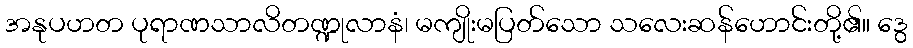
အနုပဟတ ပုရာဏသာလိတဏ္ဍုလာနံ၊ မကျိုးမပြတ်သော သလေးဆန်ဟောင်းတို့၏။ ဒွေ